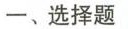
一、选择题